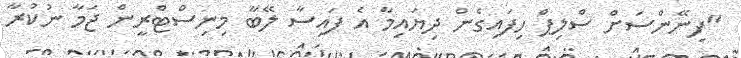
"ފިނޭންސަށް ސްލިޕް ހިފައިގެން ދިޔައިމާ އެ ފައިސާ ލޭބާ މިނިސްޓްރީން ޖަމާ ނުކުރާ